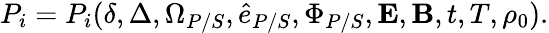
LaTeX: P_{i}=P_{i}(\delta,\Delta,\Omega_{P/S},\hat{e}_{P/S},\Phi_{P/S},\boldsymbol{\mathbf{E}},\boldsymbol{\mathbf{B}},t,T,\rho_{0}).